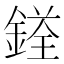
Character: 𨩳